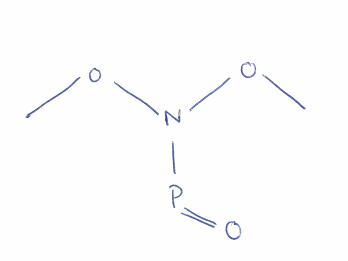
Simplified molecular-input line-entry system (SMILES) notation of the given molecule:
CON(OC)P=O